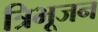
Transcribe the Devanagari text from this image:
त्रिभूजन